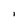
Character: I